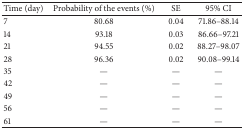
<table><thead><tr><td><b>Time (day)</b></td><td><b>Probability of the events (%)</b></td><td><b>SE</b></td><td><b>95% CI</b></td></tr></thead><tbody><tr><td>7</td><td>80.68</td><td>0.04</td><td>71.86–88.14</td></tr><tr><td>14</td><td>93.18</td><td>0.03</td><td>86.66–97.21</td></tr><tr><td>21</td><td>94.55</td><td>0.02</td><td>88.27–98.07</td></tr><tr><td>28</td><td>96.36</td><td>0.02</td><td>90.08–99.14</td></tr><tr><td>35</td><td>—</td><td>—</td><td>—</td></tr><tr><td>42</td><td>—</td><td>—</td><td>—</td></tr><tr><td>49</td><td>—</td><td>—</td><td>—</td></tr><tr><td>56</td><td>—</td><td>—</td><td>—</td></tr><tr><td>61</td><td>—</td><td>—</td><td>—</td></tr></tbody></table>